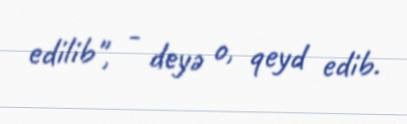
edilib", - deyə o, qeyd edib.